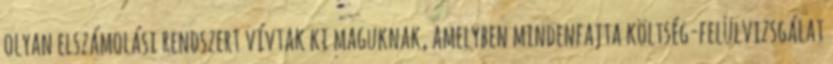
olyan elszámolási rendszert vívtak ki maguknak, amelyben mindenfajta költség-felülvizsgálat